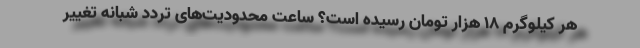
هر کیلوگرم ١٨ هزار تومان رسیده است؟ ساعت محدودیت‌های تردد شبانه تغییر